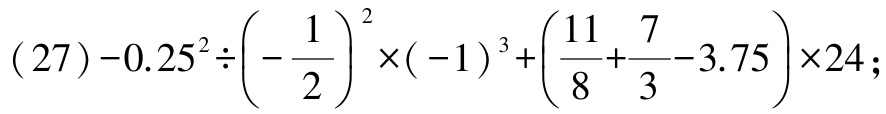
\((27)-0.25^{2}\div\left(-\frac{1}{2}\right)^{2}\times(-1)^{3}+\left(\frac{11}{8}+\frac{7}{3}-3.75\right)\times24;\)